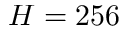
H = 2 5 6